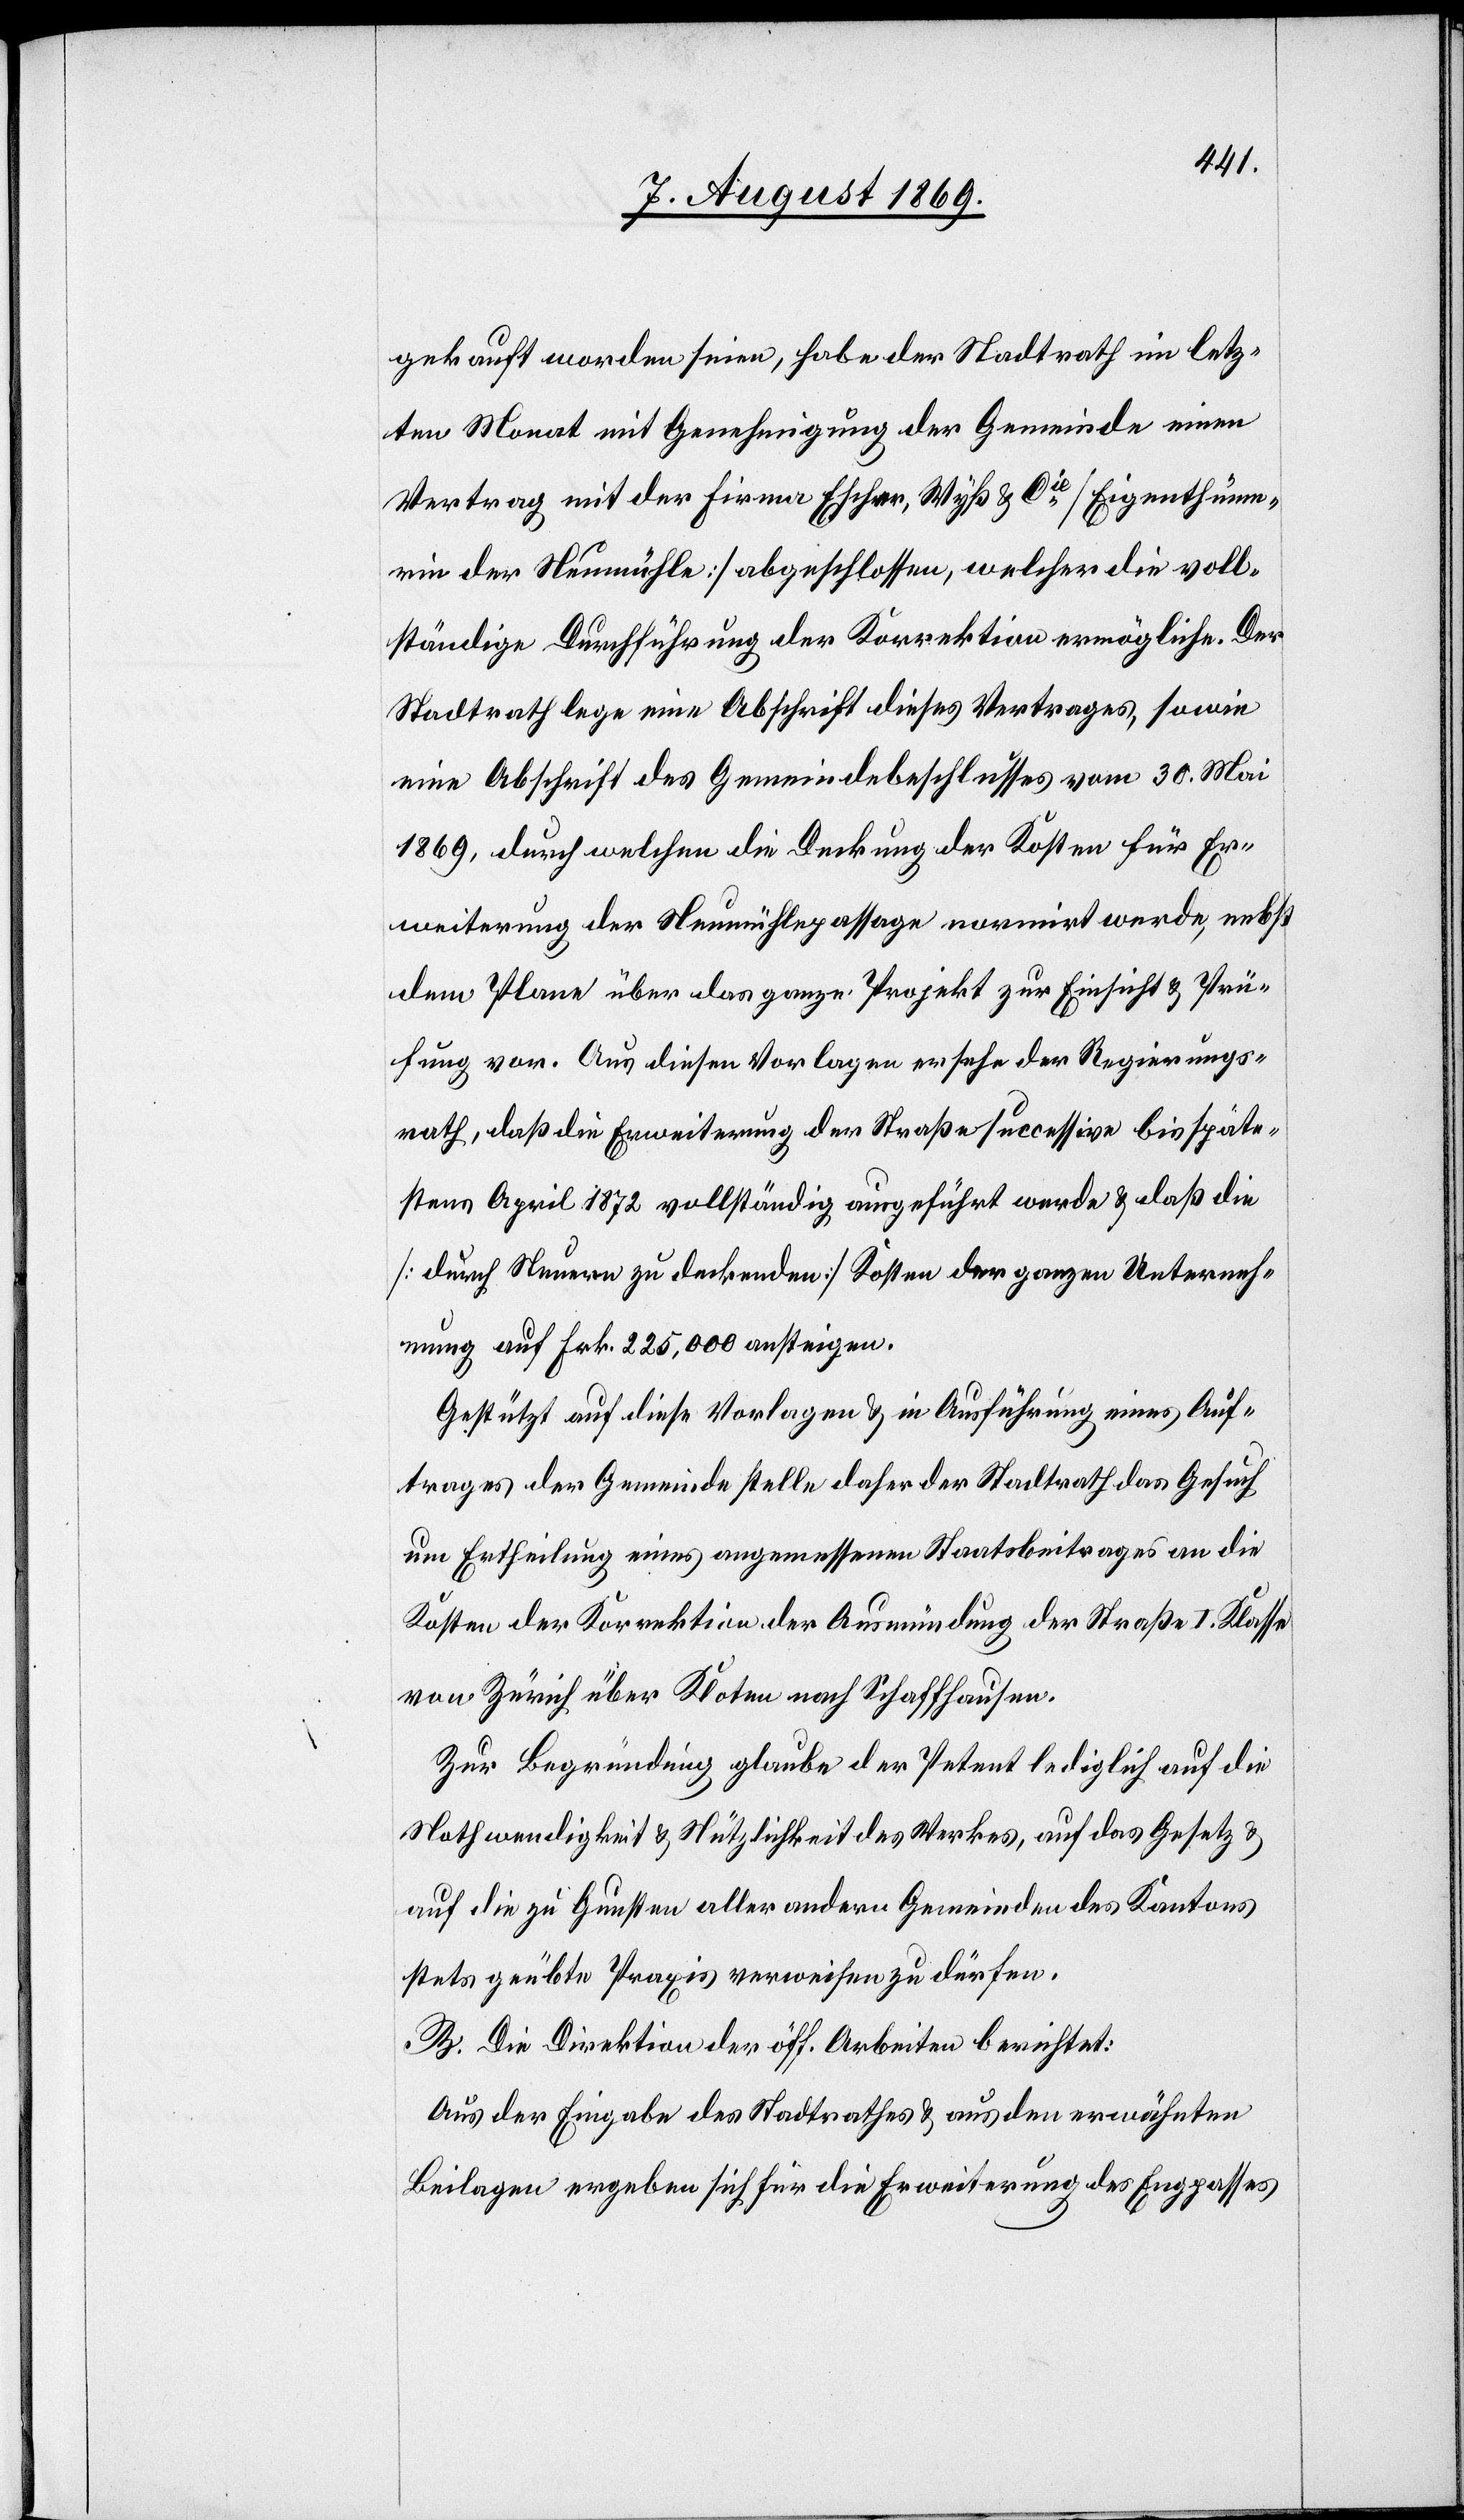
gekauft worden seien, habe der Stadtrath im letz¬
ten Monat mit Genehmigung der Gemeinde einen
Vertrag mit der Firma Escher, Wyß & Cie [Eigenthüme¬
rin der Neumühle] abgeschlossen, welche die voll¬
ständige Durchführung der Korrektion ermögliche. Der
Stadtrath lege eine Abschrift dieses Vertrages, sowie
eine Abschrift des Gemeindebeschlusses vom 30. Mai
1869, durch welchen die Deckung der Kosten für Er¬
weiterung der Neumühlepassage normirt werde, nebst
dem Plane über das ganze Projekt zur Einsicht & Prü¬
fung vor. Aus diesen Vorlagen ersehe der Regierungs¬
rath, daß die Erweiterung der Straße successive bis späte¬
stens April 1872 vollständig ausgeführt werde & daß die
[durch Steuern zu deckenden] Kosten der ganzen Unterneh¬
mung auf Frk. 225,000 ansteigen.
Gestützt auf diese Vorlagen & in Ausführung eines Auf¬
trages der Gemeinde stelle daher der Stadtrath das Gesuch
um Ertheilung eines angemessenen Staatsbeitrages an die
Kosten der Korrektion der Ausmündung der Straße I. Klasse
von Zürich über Kloten nach Schaffhausen.
Zur Begründung glaube der Petent lediglich auf die
Nothwendigkeit & Nützlichkeit des Werkes, auf das Gesetz &
auf die zu Gunsten aller andern Gemeinden des Kantons
stets geübte Praxis verweisen zu dürfen.
B. Die Direktion der öff. Arbeiten berichtet:
Aus der Eingabe des Stadtrathes & aus den erwähnten
Beilagen ergeben sich für die Erweiterung des Engpasses